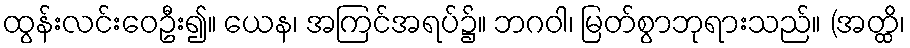
ထွန်းလင်းဝေဦး၍။ ယေန၊ အကြင်အရပ်၌။ ဘဂဝါ၊ မြတ်စွာဘုရားသည်။ (အတ္ထိ၊